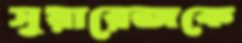
সুয়ারেজকে